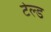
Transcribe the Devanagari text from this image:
टेल्ड